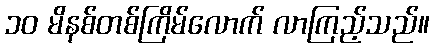
၁၀ မိနစ်တစ်ကြိမ်လောက် လာကြည့်သည်။